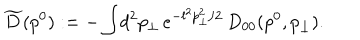
LaTeX: \widetilde { D } ( p ^ { 0 } ) : = - \int \! d ^ { 2 } p _ { \perp } \, e ^ { - l ^ { 2 } p _ { \perp } ^ { 2 } / 2 } \, D _ { 0 0 } ( p ^ { 0 } , p _ { \perp } ) .